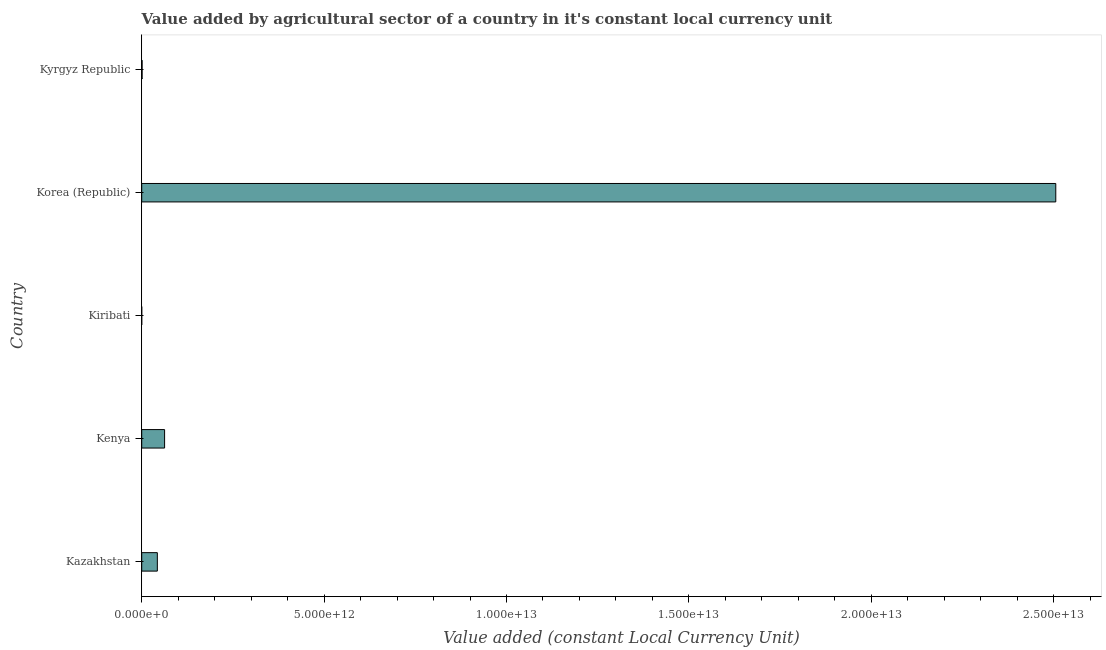
| Country | Agriculture |
 | --- | --- |
 | Kazakhstan | 4.28e+11 |
 | Kenya | 6.27e+11 |
 | Kiribati | 3.18e+07 |
 | Korea (Republic) | 2.51e+13 |
 | Kyrgyz Republic | 1.04e+10 |